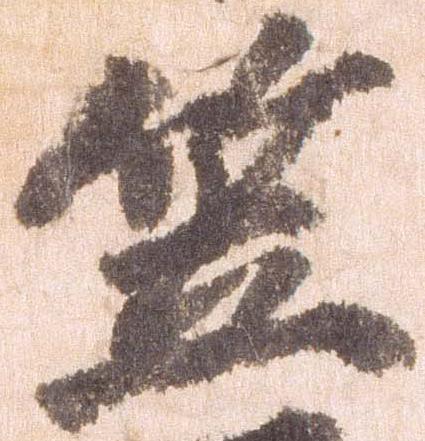
笠